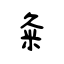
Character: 粂